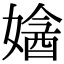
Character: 㜝